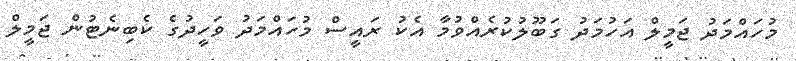
މުހައްމަދު ޖަމީލް އަހުމަދު ގަބޫލުކުރެއްވުމާ އެކު ރައީސް މުހައްމަދު ވަހީދުގެ ކެބިނެޓުން ޖަމީލް